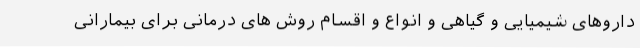
داروهای شیمیایی و گیاهی و انواع و اقسام روش های درمانی برای بیمارانی